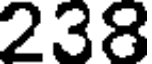
238